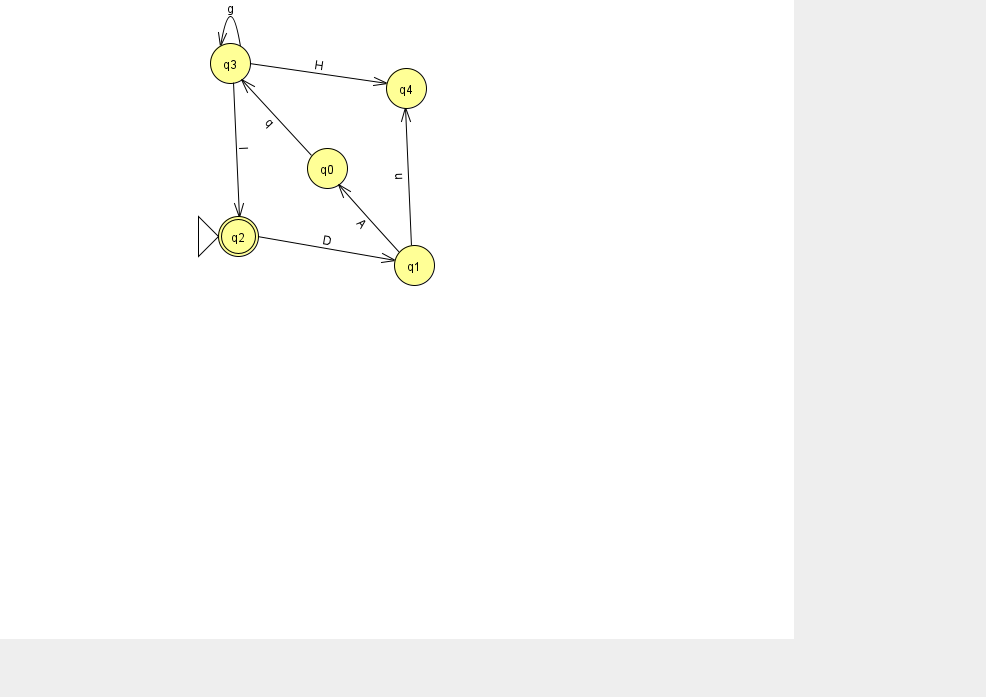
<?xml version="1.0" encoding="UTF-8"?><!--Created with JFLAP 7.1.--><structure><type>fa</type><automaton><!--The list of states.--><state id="0" name="q0"><x>327.0</x><y>155.0</y></state><state id="1" name="q1"><x>414.0</x><y>252.0</y></state><state id="2" name="q2"><x>238.0</x><y>223.0</y><initial/><final/></state><state id="3" name="q3"><x>230.0</x><y>50.0</y></state><state id="4" name="q4"><x>406.0</x><y>75.0</y></state><!--The list of transitions.--><transition><from>2</from><to>1</to><read>D</read></transition><transition><from>3</from><to>4</to><read>H</read></transition><transition><from>3</from><to>3</to><read>g</read></transition><transition><from>1</from><to>4</to><read>u</read></transition><transition><from>1</from><to>0</to><read>A</read></transition><transition><from>0</from><to>3</to><read>q</read></transition><transition><from>3</from><to>2</to><read>I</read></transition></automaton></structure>